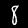
Label: 8